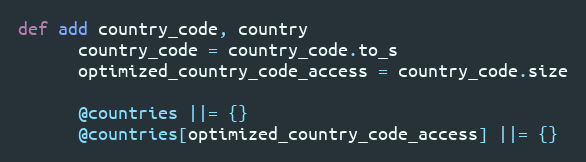
Language: Ruby
def add country_code, country
      country_code = country_code.to_s
      optimized_country_code_access = country_code.size

      @countries ||= {}
      @countries[optimized_country_code_access] ||= {}